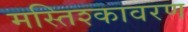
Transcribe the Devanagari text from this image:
मस्तिश्कावरण